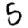
Digit: 5